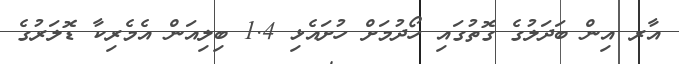
އާރ އިން ބަދަލުގެ ގޮތުގައި ހޯދުމަށް ހުށައެޅި 1.4 ބިލިއަން އެމެރިކާ ޑޮލަރުގެ